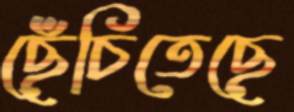
ছেঁচিতেছে